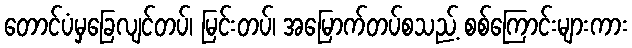
တောင်ပံမှခြေလျင်တပ်၊ မြင်းတပ်၊ အမြောက်တပ်စသည့် စစ်ကြောင်းများကား